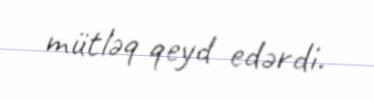
mütləq qeyd edərdi.